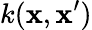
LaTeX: k(\mathbf{x},\mathbf{x}^{\prime})